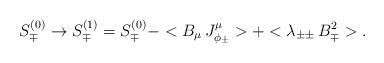
LaTeX: \begin{align*}S_{\mp}^{(0)} \rightarrow S_{\mp}^{(1)} = S_{\mp}^{(0)} -<B_{\mu}\,J_{\phi_\pm}^{\mu}>+<\lambda_{\pm\pm} \, B^{2}_{\mp}>.\end{align*}